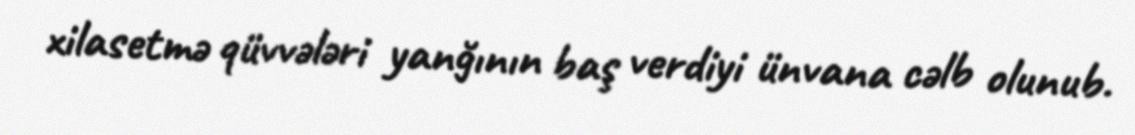
xilasetmə qüvvələri yanğının baş verdiyi ünvana cəlb olunub.